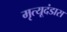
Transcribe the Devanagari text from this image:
मृत्यूदंडास